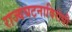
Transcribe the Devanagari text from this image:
राज्यघटनाविरोधी